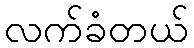
လက်ခံတယ်